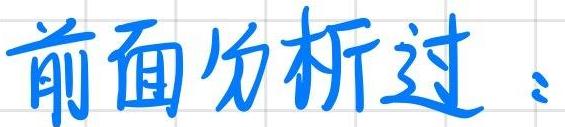
前面分析过：